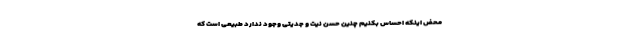
محض اینکه احساس بکنیم چنین حسن نیت و جدیتی وجود ندارد طبیعی است که